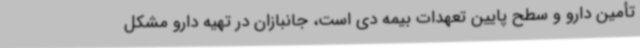
تأمین دارو و سطح پایین تعهدات بیمه دی است، جانبازان در تهیه دارو مشکل